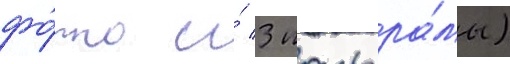
фо́то и́ 3 панора́мы)